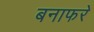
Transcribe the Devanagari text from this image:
बनाफरे